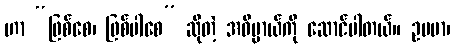
ဟာ “ဖြစ်စေ၊ ဖြစ်ပါစေ” ဆိုတဲ့ အဓိပ္ပာယ်ကို ဆောင်ပါတယ်။ ဥပမာ၊